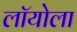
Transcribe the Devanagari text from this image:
लॉयोला